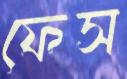
ফেস